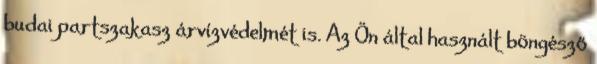
budai partszakasz árvízvédelmét is. Az Ön által használt böngésző